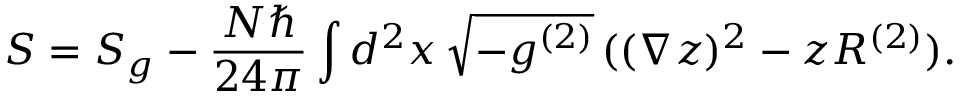
S = S _ { g } - \frac { N \hbar } { 2 4 \pi } \int d ^ { 2 } x \, \sqrt { - g ^ { ( 2 ) } } \, ( ( \nabla z ) ^ { 2 } - z R ^ { ( 2 ) } ) .